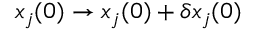
x _ { j } ( 0 ) \rightarrow x _ { j } ( 0 ) + \delta x _ { j } ( 0 )